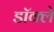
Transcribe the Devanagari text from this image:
डॉक्ले